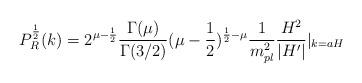
LaTeX: \begin{align*}P^{\frac{1}{2}}_{R}(k)=2^{\mu-\frac{1}{2}}\frac{\Gamma(\mu)}{\Gamma(3/2)}(\mu-\frac{1}{2})^{\frac{1}{2}-\mu}\frac{1}{m^2_{pl}}\frac{H^2}{|H'|}|_{k=aH}\end{align*}